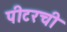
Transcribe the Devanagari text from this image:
पीटरची